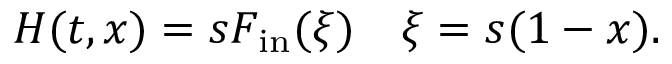
H ( t , x ) = s F _ { \mathrm { i n } } ( \xi ) \quad \xi = s ( 1 - x ) .